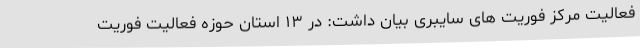
فعالیت مرکز فوریت های سایبری بیان داشت: در ۱۳ استان حوزه فعالیت فوریت